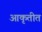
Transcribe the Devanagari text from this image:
आकृतीत